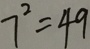
7 ^ { 2 } = 4 9